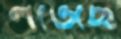
লভেছে